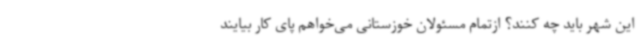
این شهر باید چه کنند؟ ازتمام مسئولان خوزستانی می‌خواهم پای کار بیایند